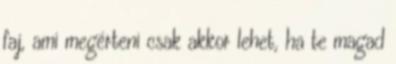
faj, ami megérteni csak akkor lehet, ha te magad